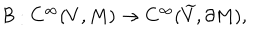
{ \cal B } : C ^ { \infty } ( V , M ) \rightarrow C ^ { \infty } ( { \widetilde V } , { \partial M } ) ,